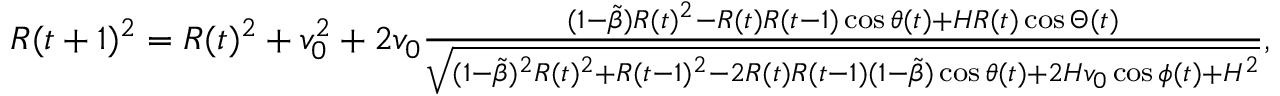
\begin{array} { r } { R ( t + 1 ) ^ { 2 } = R ( t ) ^ { 2 } + v _ { 0 } ^ { 2 } + 2 v _ { 0 } \frac { ( 1 - \tilde { \beta } ) R ( t ) ^ { 2 } - R ( t ) R ( t - 1 ) \cos \theta ( t ) + H R ( t ) \cos \Theta ( t ) } { \sqrt { ( 1 - \tilde { \beta } ) ^ { 2 } R ( t ) ^ { 2 } + R ( t - 1 ) ^ { 2 } - 2 R ( t ) R ( t - 1 ) ( 1 - \tilde { \beta } ) \cos \theta ( t ) + 2 H v _ { 0 } \cos \phi ( t ) + H ^ { 2 } } } , } \end{array}